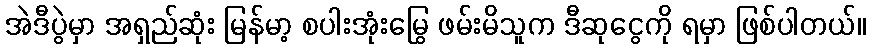
အဲဒီပွဲမှာ အရှည်ဆုံး မြန်မာ့ စပါးအုံးမြွေ ဖမ်းမိသူက ဒီဆုငွေကို ရမှာ ဖြစ်ပါတယ်။